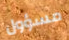
مسؤول